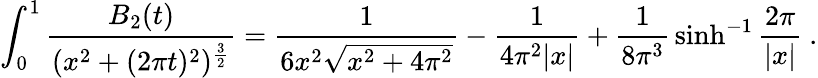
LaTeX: \int_{0}^{1}{\frac{B_{2}(t)}{(x^{2}+(2\pi t)^{2})^{{\frac{3}{2}}}}}={\frac{1}{6x^{2}\sqrt{x^{2}+4\pi^{2}}}}-{\frac{1}{4\pi^{2}|x|}}+{\frac{1}{8\pi^{3}}}\sinh^{-1}{\frac{2\pi}{|x|}}\ .